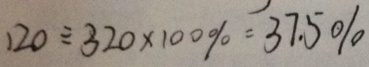
1 2 0 \div 3 2 0 \times 1 0 0 \% = 3 7 . 5 \%